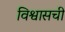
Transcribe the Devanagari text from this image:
विश्वासची